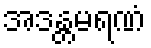
အဒန္တမရဏံ